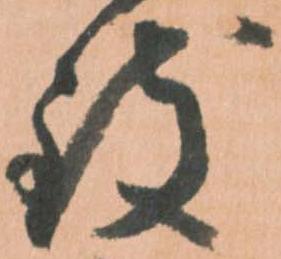
致